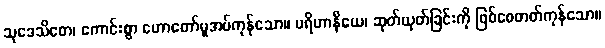
သုဒေသိတေ၊ ကောင်းစွာ ဟောတော်မူအပ်ကုန်သော။ ပရိဟာနိယေ၊ ဆုတ်ယုတ်ခြင်းကို ဖြစ်စေတတ်ကုန်သော။